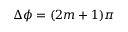
\Delta \phi = ( 2 m + 1 ) \pi